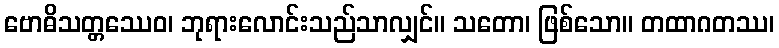
ဗောဓိသတ္တဿေဝ၊ ဘုရားလောင်းသည်သာလျှင်။ သတော၊ ဖြစ်သော။ တထာဂတဿ၊